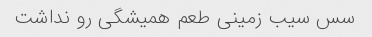
سس سیب زمینی طعم همیشگی رو نداشت